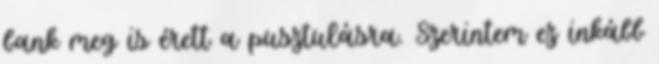
bank meg is érett a pusztulásra. Szerintem ez inkább